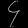
Digit: ၄